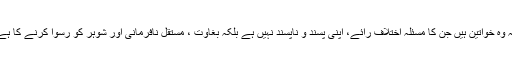
یہ وہ خواتین ہیں جن کا مسئلہ اختلاف رائے، اپنی پسند و ناپسند نہیں ہے بلکہ بغاوت ، مستقل نافرمانی اور شوہر کو رسوا کرنے کا ہے۔